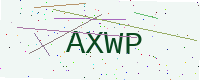
Text: AXWP